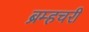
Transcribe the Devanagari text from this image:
ब्रम्हचरी